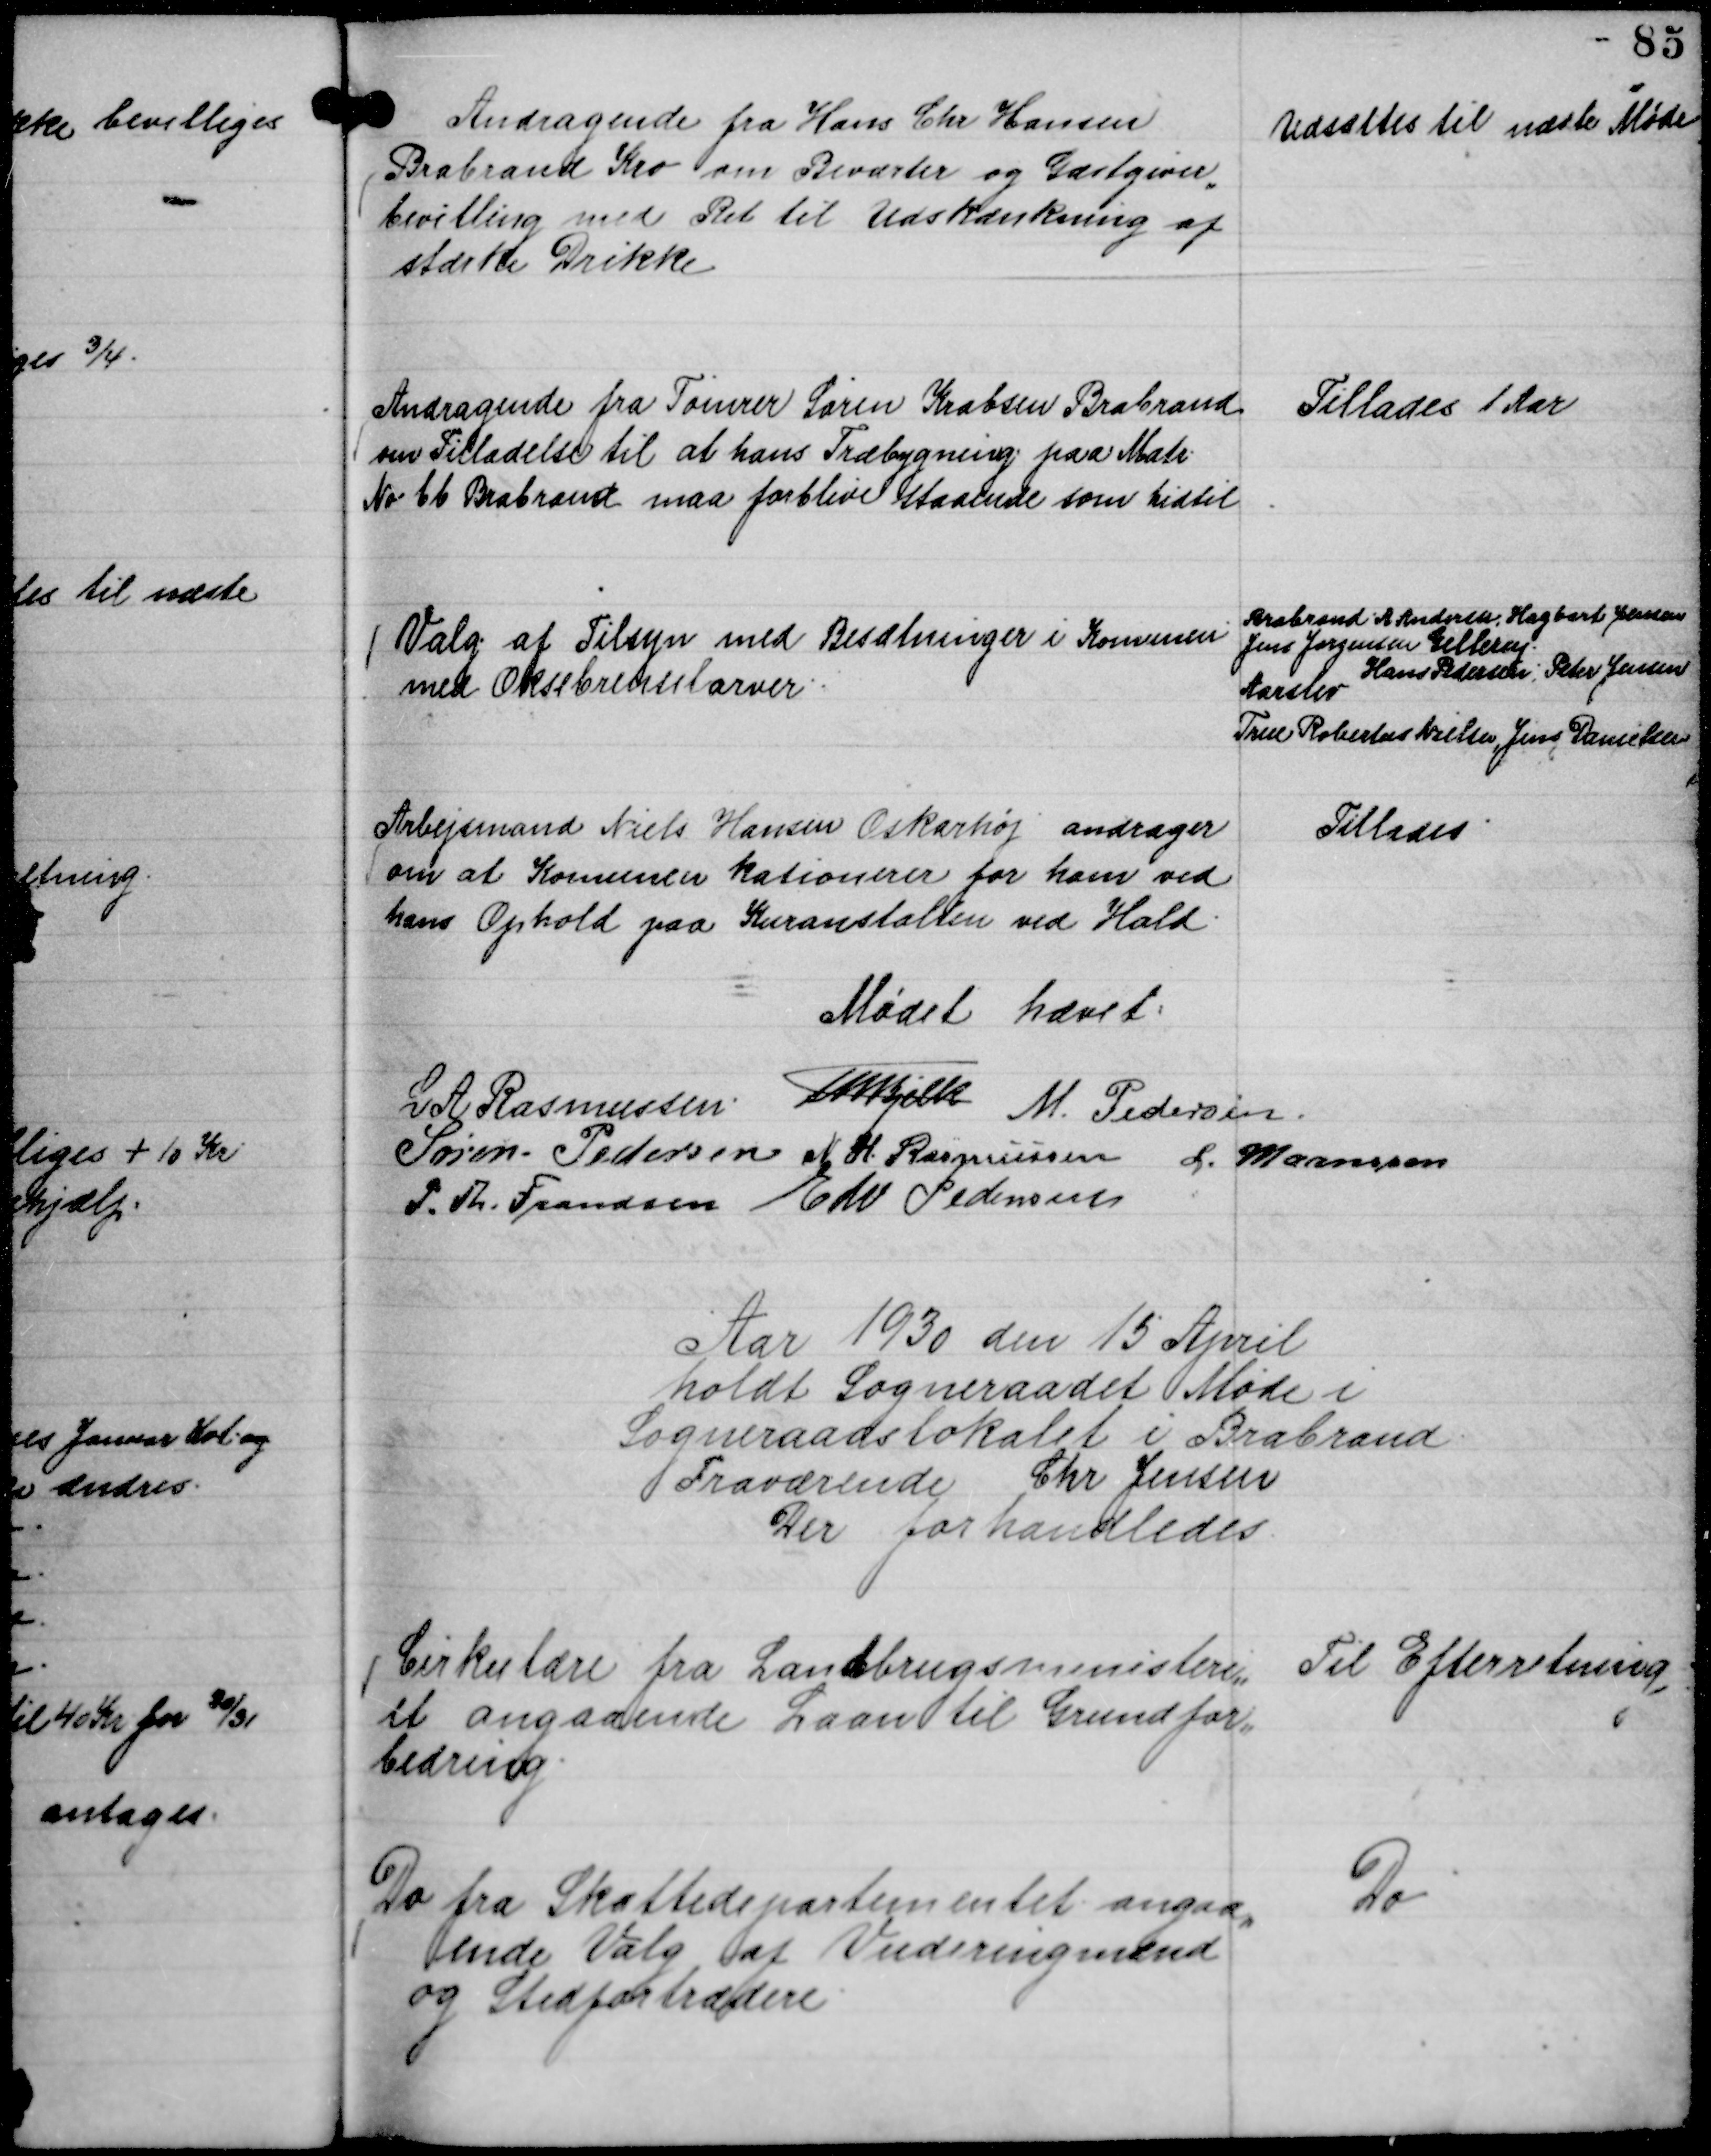
Transskription:
Andragende fra Hans Chr Hansen
Brabrand Kro om Beværter og Gæstgiver,,
bevilling med Ret til Udskænkning af
stærke Drikke

Udsættes til næste Møde

Andragende fra Tømrer Søren Krabsen Brabrand
om Tilladelse til at hans Træbygning paa Matr.
No 6 b Brabrand maa forblive staaende som hidtil

Tillades 1 Aar

Valg af Tilsyn med Besætninger i Komunen
med Oksebrenselarver.

Brabrand . A Andersen, Hagbart Jensen
Jens Jørgensen Gellerup.
Hans Pedersen, Peter Jensen
Aarslev
True Robertus Nielsen, Jens Danielsen

Arbejdsmand Niels Hansen Oskarhøj andrager
om at Komunen kationerer for ham ved
hans Ophold paa Kuranstalten ved Hald.

Tillades.

Mødet hævet.
L A Rasmussen.
Th Bjelke
M. Pedersen.
Søren Pedersen
N H. Rasmussen
L. Maansson
P. Th. Frandsen
Edv Pedersen

Aar 1930 den 15 April
holdt Sogneraadet Møde i
Sogneraadslokalet i Brabrand.
Fraværende Chr Jensen
Der forhandledes.

Cirkulære fra Landbrugsministeri,,
et angaaende Laan til Grundfor,,
bedring

Til Efterretning

Do fra Skattedepartementet angaa,,
ende Valg af Vuderingsmænd
og Stedfortrædere

Do